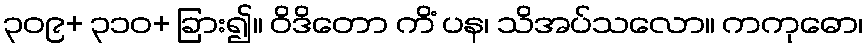
၃၀၉+ ၃၁၀+ ခြား၍။ ဝိဒိတော ကိံ ပန၊ သိအပ်သလော။ ကကုဓော၊